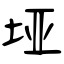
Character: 垭